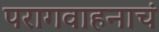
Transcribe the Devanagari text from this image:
परागवाहनाचं